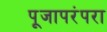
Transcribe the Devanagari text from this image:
पूजापरंपरा